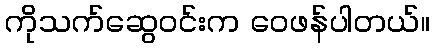
ကိုသက်ဆွေဝင်းက ဝေဖန်ပါတယ်။